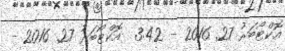
އޮކްޓޯބަރު 27